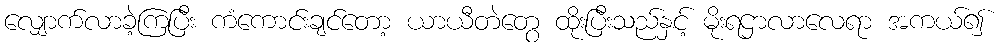
လျှောက်လာခဲ့ကြပြီး ကံကောင်းချင်တော့ ယာယီတဲတွေ ထိုးပြီးသည်နှင့် မိုးရဌာလာလေရာ အကယ်၍